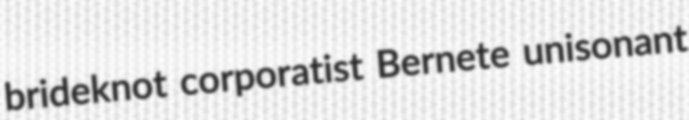
brideknot corporatist Bernete unisonant